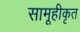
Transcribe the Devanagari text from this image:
सामूहीकृत